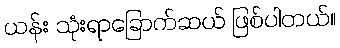
ယန်း သုံးရာခြောက်ဆယ် ဖြစ်ပါတယ်။